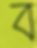
ব